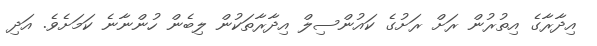
އިދާރާގެ އިތުރުން ރަށް ރަށުގެ ކައުންސިލް އިދާރާތަކުން ލިބެން ހުންނާނެ ކަމަށެވެ. އަދި